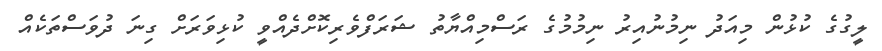
ލީގުގެ ކުޅުން މިއަދު ނިމުނުއިރު ނިމުމުގެ ރަސްމިއްޔާތު ޝަރަފްވެރިކޮށްދެއްވީ ކުޅިވަރަށް ގިނަ ދުވަސްތަކެއް